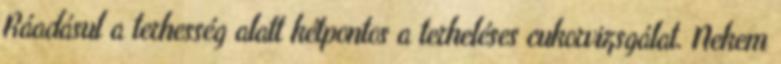
Ráadásul a terhesség alatt kétpontos a terheléses cukorvizsgálat. Nekem